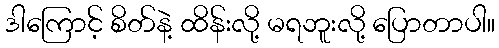
ဒါကြောင့် စိတ်နဲ့ ထိန်းလို့ မရဘူးလို့ ပြောတာပါ။